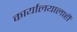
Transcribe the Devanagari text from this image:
कार्यालयालाही